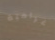
غرامية